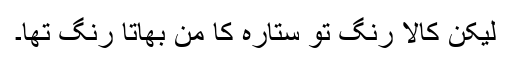
لیکن کالا رنگ تو ستارہ کا من بھاتا رنگ تھا۔